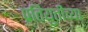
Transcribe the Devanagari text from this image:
प्रतियुतीच्या